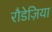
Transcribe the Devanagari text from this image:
रौडेज़िया